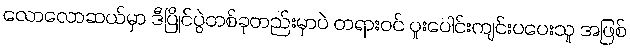
လောလောဆယ်မှာ ဒီပြိုင်ပွဲတစ်ခုတည်းမှာပဲ တရားဝင် ပူးပေါင်းကျင်းပပေးသူ အဖြစ်